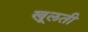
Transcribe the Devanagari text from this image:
खूलती